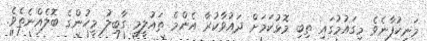
މަނިކުފާނެވެ މިގައުމުގައި ތިބި މޮޅުކަމަށް ދައުވާކުރާ އެންމެ ތައުލީމީ ގާބިލު މީހުންގެ ބޮލެއްނެތެވެ.